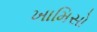
ખામિસો